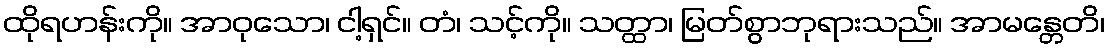
ထိုရဟန်းကို။ အာဝုသော၊ ငါ့ရှင်။ တံ၊ သင့်ကို။ သတ္ထာ၊ မြတ်စွာဘုရားသည်။ အာမန္တေတိ၊